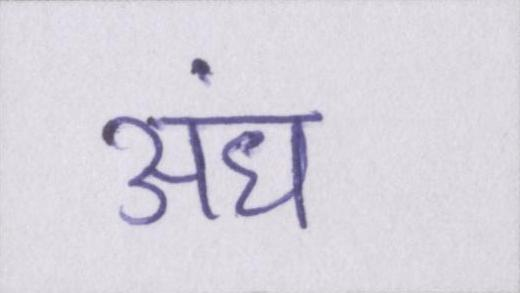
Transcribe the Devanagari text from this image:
अंध